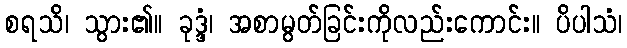
စရသိ၊ သွား၏။ ခုဒ္ဒံ၊ အစာမွတ်ခြင်းကိုလည်းကောင်း။ ပိပါသံ၊